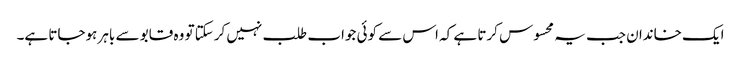
ایک خاندان جب یہ محسوس کرتا ہے کہ اس سے کوئی جواب طلب نہیں کرسکتا تو وہ قابو سے باہر ہوجاتا ہے۔